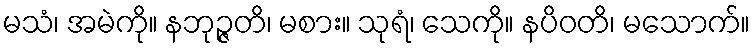
မသံ၊ အမဲကို။ နဘုဉ္ဇတိ၊ မစား။ သုရံ၊ သေကို။ နပိဝတိ၊ မသောက်။